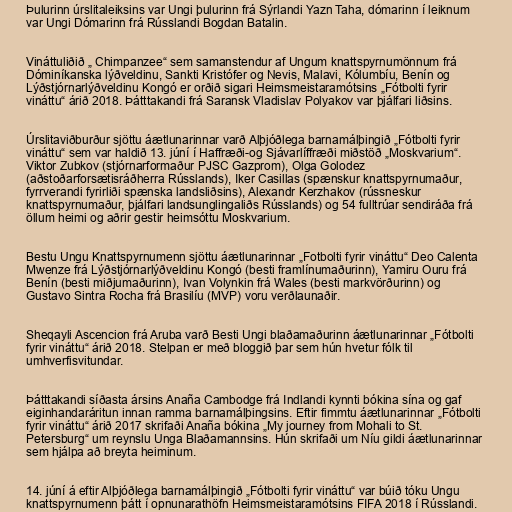
Þulurinn úrslitaleiksins var Ungi þulurinn frá Sýrlandi Yazn Taha, dómarinn í leiknum
var Ungi Dómarinn frá Rússlandi Bogdan Batalin.

Vináttuliðið „ Chimpanzee“ sem samanstendur af Ungum knattspyrnumönnum frá
Dóminíkanska lýðveldinu, Sankti Kristófer og Nevis, Malavi, Kólumbíu, Benín og
Lýðstjórnarlýðveldinu Kongó er orðið sigari Heimsmeistaramótsins „Fótbolti fyrir
vináttu“ árið 2018. Þátttakandi frá Saransk Vladislav Polyakov var þjálfari liðsins.

Úrslitaviðburður sjöttu áætlunarinnar varð Alþjóðlega barnamálþingið „Fótbolti fyrir
vináttu“ sem var haldið 13. júní í Haffræði-og Sjávarlíffræði miðstöð „Moskvarium“.
Viktor Zubkov (stjórnarformaður PJSC Gazprom), Olga Golodez
(aðstoðarforsætisráðherra Rússlands), Iker Casillas (spænskur knattspyrnumaður,
fyrrverandi fyrirliði spænska landsliðsins), Alexandr Kerzhakov (rússneskur
knattspyrnumaður, þjálfari landsunglingaliðs Rússlands) og 54 fulltrúar sendiráða frá
öllum heimi og aðrir gestir heimsóttu Moskvarium.

Bestu Ungu Knattspyrnumenn sjöttu áætlunarinnar „Fotbolti fyrir vináttu“ Deo Calenta
Mwenze frá Lýðstjórnarlýðveldinu Kongó (besti framlínumaðurinn), Yamiru Ouru frá
Benín (besti miðjumaðurinn), Ivan Volynkin frá Wales (besti markvörðurinn) og
Gustavo Sintra Rocha frá Brasilíu (MVP) voru verðlaunaðir.

Sheqayli Ascencion frá Aruba varð Besti Ungi blaðamaðurinn áætlunarinnar „Fótbolti
fyrir vináttu“ árið 2018. Stelpan er með bloggið þar sem hún hvetur fólk til
umhverfisvitundar.

Þátttakandi síðasta ársins Anaña Cambodge frá Indlandi kynnti bókina sína og gaf
eiginhandaráritun innan ramma barnamálþingsins. Eftir fimmtu áætlunarinnar „Fótbolti
fyrir vináttu“ árið 2017 skrifaði Anaña bókina „My journey from Mohali to St.
Petersburg“ um reynslu Unga Blaðamannsins. Hún skrifaði um Níu gildi áætlunarinnar
sem hjálpa að breyta heiminum.

14. júní á eftir Alþjóðlega barnamálþingið „Fótbolti fyrir vináttu“ var búið tóku Ungu
knattspyrnumenn þátt í opnunarathöfn Heimsmeistaramótsins FIFA 2018 í Rússlandi.